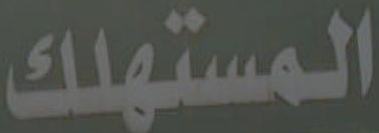
المستهلك